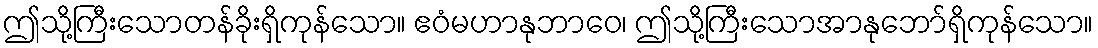
ဤသို့ကြီးသောတန်ခိုးရှိကုန်သော။ ဧဝံမဟာနုဘာဝေ၊ ဤသို့ကြီးသောအာနုဘော်ရှိကုန်သော။